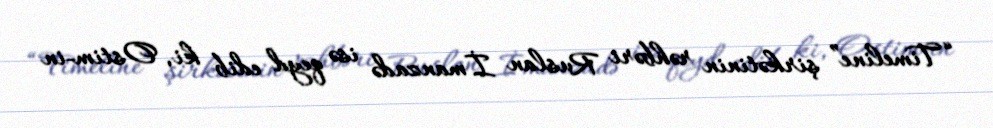
“Timeline” şirkətinin rəhbəri Ruslan İmanzadə isə qeyd edib ki, Ostim-in